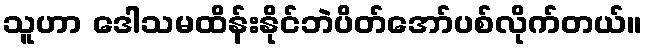
သူဟာ ဒေါသမထိန်းနိုင်ဘဲပိတ်အော်ပစ်လိုက်တယ်။